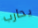
يحارب